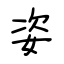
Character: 姿